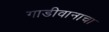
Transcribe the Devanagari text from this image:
गाडीवानाचा